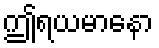
ဤရယမာနော